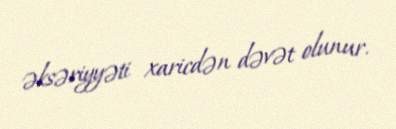
əksəriyyəti xaricdən dəvət olunur.